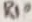
Text: R10